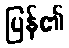
ပြန်၏